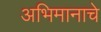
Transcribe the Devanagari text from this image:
अभिमानाचे